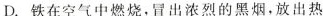
A.硬币、不锈钢锅都是合金材料，合金比各成分金属具有更优良的性能